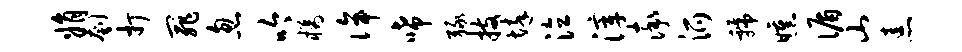
娟刳打罪忽吟橘侔唏绿技悴泣滓率派虢曛循山恚